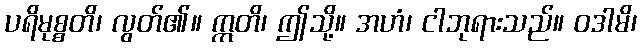
ပရိမုစ္စတိ၊ လွတ်၏။ ဣတိ၊ ဤသို့။ အဟံ၊ ငါဘုရားသည်။ ဝဒါမိ၊